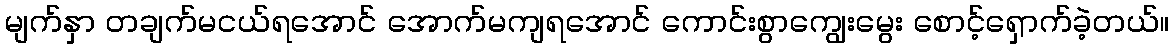
မျက်နှာ တချက်မငယ်ရအောင် အောက်မကျရအောင် ကောင်းစွာကျွေးမွေး စောင့်ရှောက်ခဲ့တယ်။